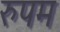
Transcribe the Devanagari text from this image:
रुपम